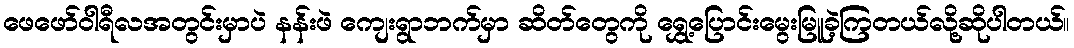
ဖေဖော်ဝါရီလအတွင်းမှာပဲ နန်းဖဲ ကျေးရွာဘက်မှာ ဆိတ်တွေကို ရွှေ့ပြောင်းမွေးမြူခဲ့ကြတယ်လို့ဆိုပါတယ်။